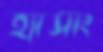
হ্যাসাং